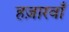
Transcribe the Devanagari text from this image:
हज़ारवाँ